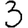
Digit: 3